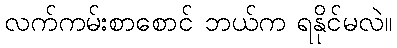
လက်ကမ်းစာစောင် ဘယ်က ရနိုင်မလဲ။